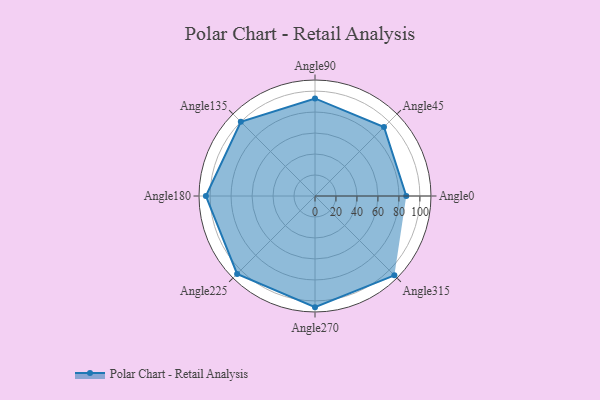
{"axis": {"x": "Angle", "y": "Radius"}, "legend": [""], "data": [{"x": "Angle0", "y": 87.0, "type": ""}, {"x": "Angle45", "y": 93.0, "type": ""}, {"x": "Angle90", "y": 93.0, "type": ""}, {"x": "Angle135", "y": 100.0, "type": ""}, {"x": "Angle180", "y": 104.0, "type": ""}, {"x": "Angle225", "y": 105.0, "type": ""}, {"x": "Angle270", "y": 106.0, "type": ""}, {"x": "Angle315", "y": 107.0, "type": ""}]}